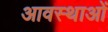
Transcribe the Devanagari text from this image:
आवस्थाओं